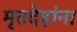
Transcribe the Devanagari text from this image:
मृतदेहांना